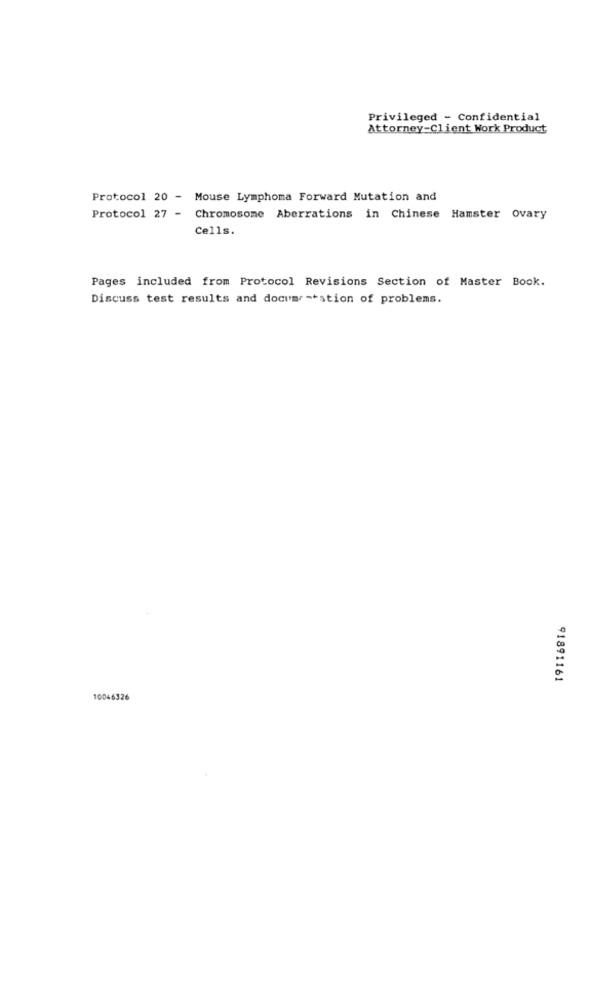
Privileged - Confidential
Attorney-Client Work Product
Protocol 20 - Mouse Lymphoma Forward Mutation and
Protocol 27 - Chromosome Aberrations in Chinese Hamster ovary
Cells.
Pages included from Protocol Revisions Section of Master Book.
Discuss test results and documentstion of problems.
91891161
10046326